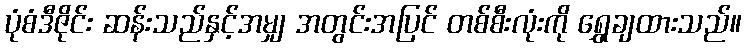
ပုံစံဒီဇိုင်း ဆန်းသည်နှင့်အမျှ အတွင်းအပြင် တစ်စီးလုံးကို ရွှေချထားသည်။